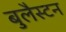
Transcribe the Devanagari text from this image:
बुलैस्टन